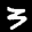
Label: 3